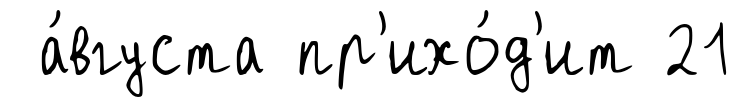
а́вгуста пр'ихо́д'ит 21